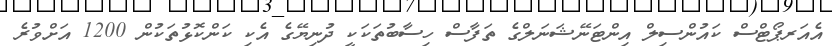
އެއަރޕޯޓްސް ކައުންސިލް އިންޓަނޭޝަނަލްގެ ތަފާސް ހިސާބުތަކަކީ ދުނިޔޭގެ އެކި ކަންކޮޅުތަކުން 1200 އަށްވުރެ